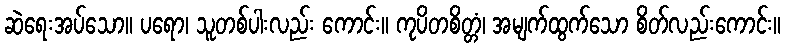
ဆဲရေးအပ်သော။ ပရော၊ သူတစ်ပါးလည်း ကောင်း။ ကုပိတစိတ္တံ၊ အမျက်ထွက်သော စိတ်လည်းကောင်း။